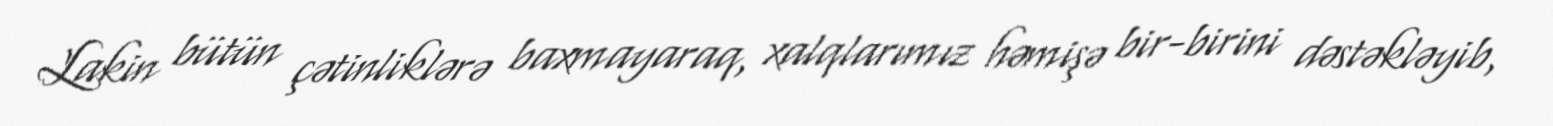
Lakin bütün çətinliklərə baxmayaraq, xalqlarımız həmişə bir-birini dəstəkləyib,